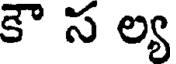
కౌ స ల్య